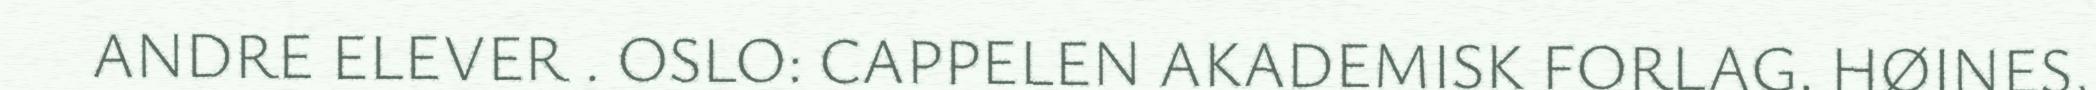
ANDRE ELEVER . OSLO: CAPPELEN AKADEMISK FORLAG. HØINES,